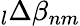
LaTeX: \phantom{}_{l}\Delta\beta_{nm}